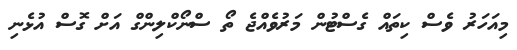
މިއަހަރު ވެސް ކިތައް ގެސްޓުން މަރުވެއްޖެ ތޯ ސްނޯކްލިންގް އަށް ގޮސް އުޅެނި